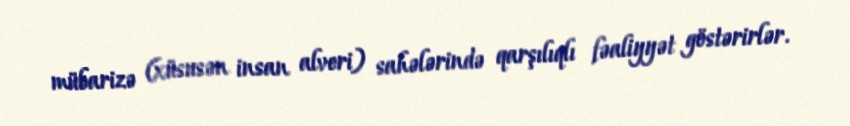
mübarizə (xüsusən insan alveri) sahələrində qarşılıqlı fəaliyyət göstərirlər.